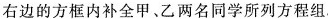
右边的方框内补全甲、乙两名同学所列方程组